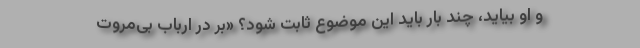
و او بیاید، چند بار باید این موضوع ثابت شود؟ «بر در ارباب بی‌مروت